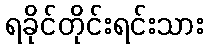
ရခိုင်တိုင်းရင်းသား